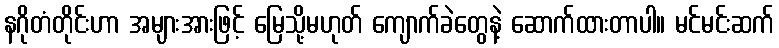
နဂိုတံတိုင်းဟာ အများအားဖြင့် မြေသို့မဟုတ် ကျောက်ခဲတွေနဲ့ ဆောက်ထားတာပါ။ မင်မင်းဆက်